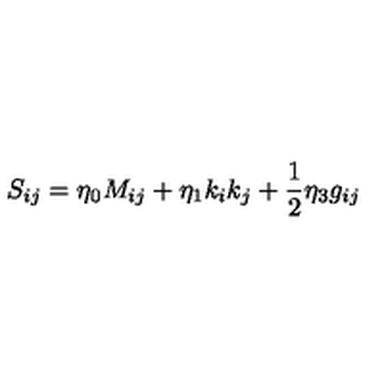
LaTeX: S _ { i j } = \eta _ { 0 } M _ { i j } + \eta _ { 1 } k _ { i } k _ { j } + { \frac { 1 } { 2 } } \eta _ { 3 } g _ { i j }